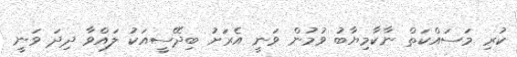
ކުރި މަސައްކަތް ނާކާމިޔާބު ވުމުން ވަނީ އެރަށު ބިދޭސީއަކު ލައްވާ ދިދަ ވަނީ